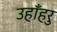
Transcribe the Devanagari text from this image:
उहाँहरु